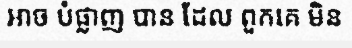
អាច បំផ្លាញ បាន ដែល ពួកគេ មិន